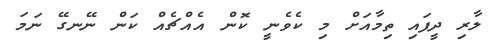
ލާރި ދީފައި ތިމާއަށް މި ކެވެނީ ކޮން އެއްޗެއް ކަން ނޭނގޭ ނަމަ